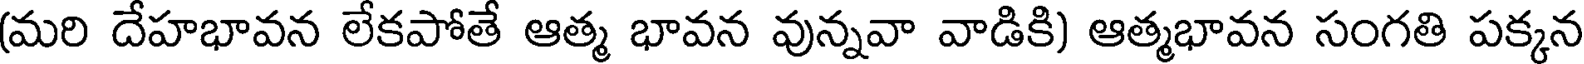
(మరి దేహభావన లేకపోతే ఆత్మ భావన వున్నవా వాడికి) ఆత్మభావన సంగతి పక్కన